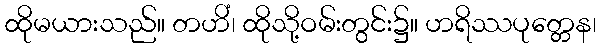
ထိုမယားသည်။ တဟိံ၊ ထိုသို့ဝမ်းတွင်း၌။ ဟရိဿပုတ္တေန၊